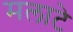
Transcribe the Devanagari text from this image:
मलाटे